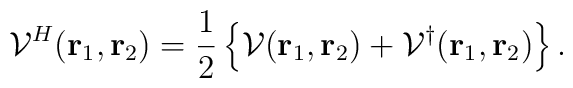
{\cal V}^{H}( {\rm\bf r}_{1}, {\rm\bf r}_{2}) =    {1 \over 2} \left \{ {\cal V} ( {\rm\bf r}_{1}, {\rm\bf r}_{2})         + {\cal V}^{\dag}( {\rm\bf r}_{1}, {\rm\bf r}_{2})\right \} .  \nonumber